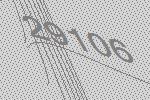
29106